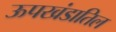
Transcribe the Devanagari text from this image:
ऊपखंडातिल